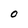
Character: O